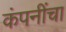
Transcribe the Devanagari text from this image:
कंपनींचा